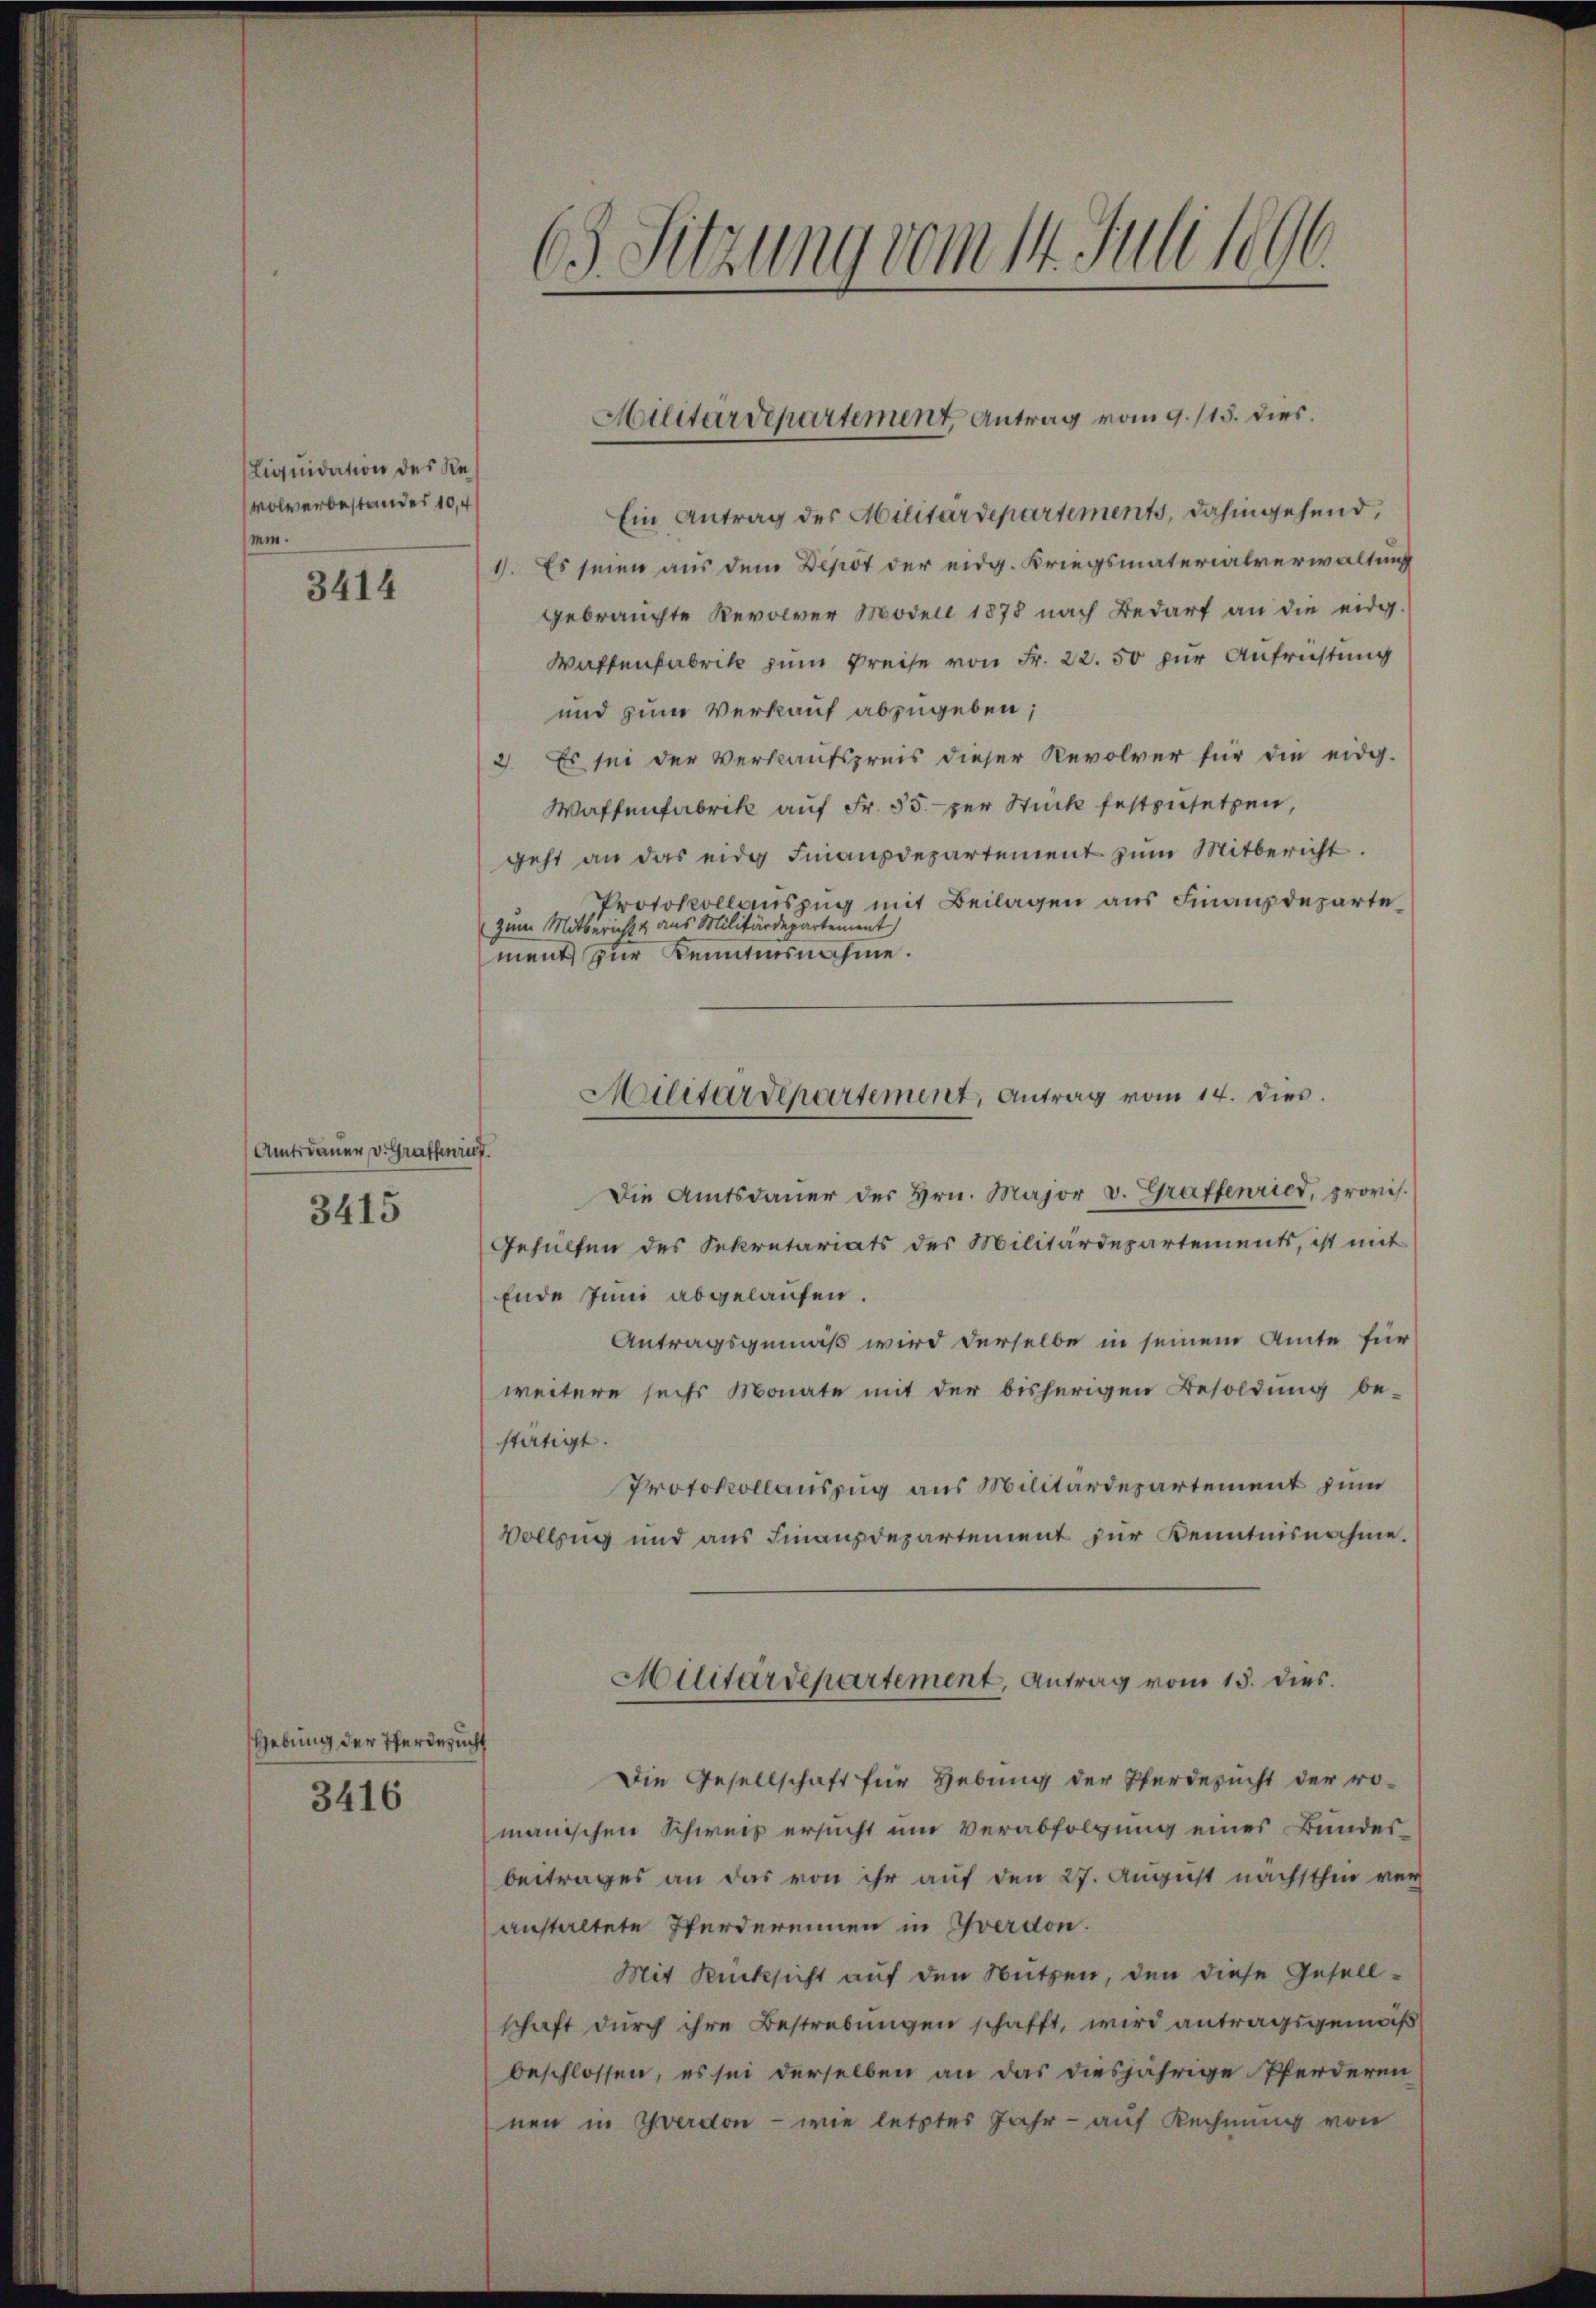
Liquidation des Revolverbestandes 10,4
min.

3414

Amtsdauer v. Graffent

3415

Hebung der Therdezucht

3416

63. Sitzung vom 14. Juli 1896.

Ein Antrag des Militärdepartements, dahingehend,
1. Es seien aus dem Depot der eidg. Kriegsmaterialverwaltung
gebrauchte Revolver Moden 1878 nach Bedarf an die eidg.
Waffenfabrik zum Preise von Fr. 22.50 zur Aufrichtung
und zum Verkauf abzugeben;
2. Es sei der Verkaufspreis dieser Revolver für die eidg.
Waffenfabrik auf Fr. 55. per Stück festzusetzen,
geht an das eidg Finanzdepartement zum Mitbericht.
Protokollauszug mit Beilagen aus Finanzdepartezum Mitbericht & aus Militärdepartement
ment zur Kennsnahme.
Die Amtsdaŭer des Hrn. Major v. Graffenried, provis.
Gehülfen des Sekretariats des Militärdepartements, ist mit
Ende Juni abgelaufen.
Antragsgemäß wird derselbe in seinem Amte für
weitere sechs Monate mit der bisherigen Besoldung be-
stätigt.
Protokollauszug aus Militärdepartement zum
Vollzug und aus Finanzdepartement zur Kenntnisnahme.
Militärdepartement, Antrag vom 15. dies.
Die Gesellschaft für Hebung der Pferdezucht der ro-
manischen Schweiz ersucht um Verabfolgung eines Bundes
beitrages an das von ihr auf den 27. August nächsthin ver
anstaltete Pferderennen in Yverdon.
Mit Rücksicht auf den Nutzen, den diese Gesellschaft durch ihre Bestrebungen schafft, wird antragsgemäß
beschlossen, es sei derselben an das diesjährige Pferderen
nen in Yverdon - wie letztes Jahr - auf Rechnung von

Militärdepartement, Antrag vom 9. 115. dies.

Militärdepartement, Antrag vom 14. dies